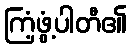
ကြံ့ဖွံ့ပါတီ၏